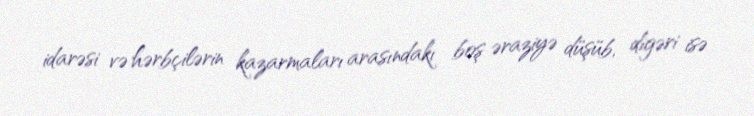
idarəsi və hərbçilərin kazarmaları arasındakı boş əraziyə düşüb, digəri isə